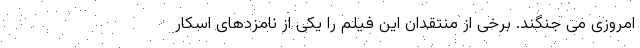
امروزی می جنگند. برخی از منتقدان این فیلم را یکی از نامزدهای اسکار